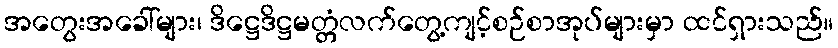
အတွေးအခေါ်များ၊ ဒိဋ္ဌေဒိဋ္ဌမတ္တံလက်တွေ့ကျင့်စဉ်စာအုပ်များမှာ ထင်ရှားသည်။